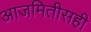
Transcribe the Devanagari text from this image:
आजमितीसही